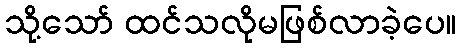
သို့သော် ထင်သလိုမဖြစ်လာခဲ့ပေ။